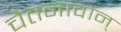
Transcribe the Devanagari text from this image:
चेतनावान्‌